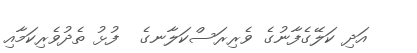
އަދި ކަލޭގެފާނުގެ ވެރިރަސްކަލާނގެ  ފުޅު ތެދުވެރިކަމާއި